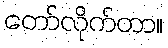
တော်လိုက်တာ။